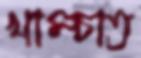
খাম্‌চাত